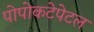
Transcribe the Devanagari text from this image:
पोपोकटेपेटल